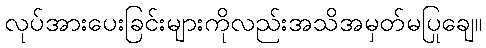
လုပ်အားပေးခြင်းများကိုလည်းအသိအမှတ်မပြုချေ။